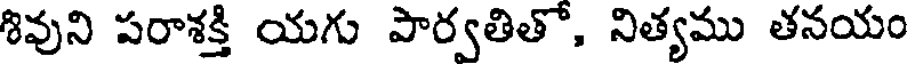
శివుని పరాశక్తి యగు పార్వతితో, నిత్యము తనయం